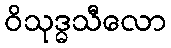
ဝိသုဒ္ဓသီလော